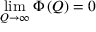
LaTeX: \operatorname * { l i m } _ { Q \rightarrow \infty } \Phi \left( Q \right) = 0